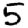
Digit: 5